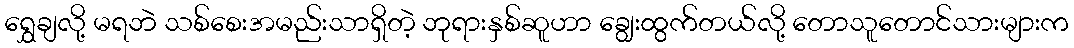
ရွှေချလို့ မရဘဲ သစ်စေးအမည်းသာရှိတဲ့ ဘုရားနှစ်ဆူဟာ ချွေးထွက်တယ်လို့ တောသူတောင်သားများက